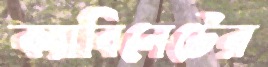
ক্যাবিনেটের